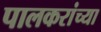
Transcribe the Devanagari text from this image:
पालकरांच्या